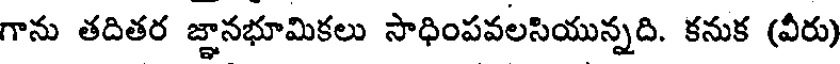
గాను తదితర జ్ఞానభూమికలు సాధింపవలసియున్నది. కనుక (వీరు)